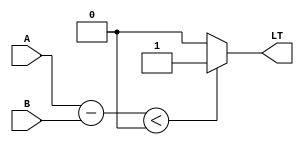
module LessThanComparator (
    input [7:0] A,
    input [7:0] B,
    output reg LT
);

reg [7:0] difference;

always @ (A or B) begin
    difference = A - B;
    if (difference < 0) begin
        LT = 1;
    end
    else begin
        LT = 0;
    end
end

endmodule